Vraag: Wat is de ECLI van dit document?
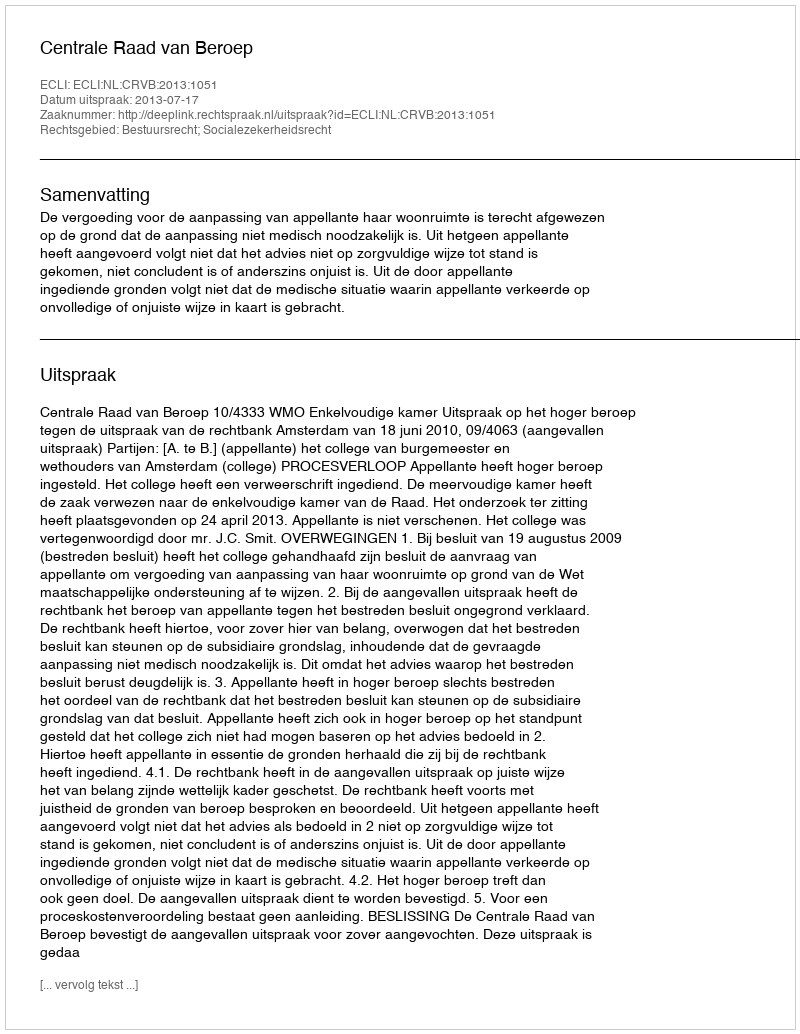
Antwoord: ECLI:NL:CRVB:2013:1051